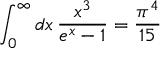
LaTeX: \int _ { 0 } ^ { \infty } d x \, { \frac { x ^ { 3 } } { e ^ { x } - 1 } } = { \frac { \pi ^ { 4 } } { 1 5 } }